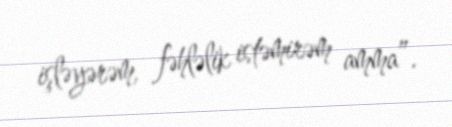
işləyərəm, fəhləlik istəmirəm amma”.